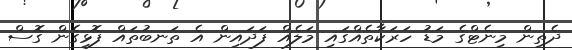
ދެތިން މިނެޓްގެ މަޑު ހަރަކާތެއްގައި މަލެއް ފަދައިން އެ ތަނބުތައް ފޮޅިގެން ގޮސް